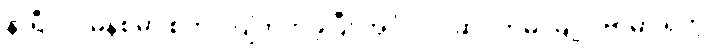
နာရီ ၁၇ မိနစ်မှာ စတင် ပျံတက်ခဲ့ပြီး အင်္ဂလိပ် ဆိပ်ကမ်းမြို့ ဒိုဗာမှာ ရှိတဲ့